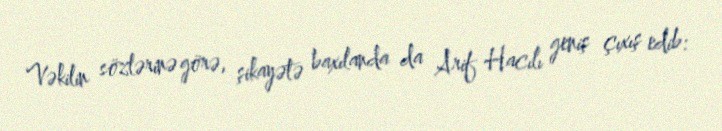
Vəkilin sözlərinə görə, şikayətə baxılanda da Arif Hacılı geniş çıxış edib: